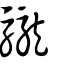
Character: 䮾